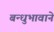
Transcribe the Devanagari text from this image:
बन्धुभावाने